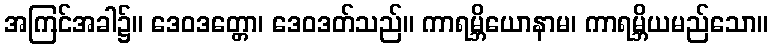
အကြင်အခါ၌။ ဒေဝဒတ္တော၊ ဒေဝဒတ်သည်။ ကာရမ္ဘိယောနာမ၊ ကာရမ္ဘိယမည်သော။